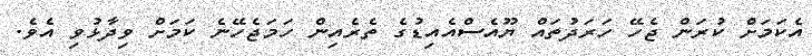
އެކަމަށް ކުރަން ޖެހޭ ހަރަދުތައް ޔޫއެސްއެއިޑުގެ ތެރެއިން ހަމަޖެހޭނެ ކަމަށް ވިދާޅުވި އެވެ.